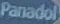
Panadol